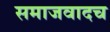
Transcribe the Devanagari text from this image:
समाजवादच